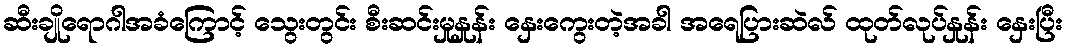
ဆီးချိုရောဂါအခံကြောင့် သွေးတွင်း စီးဆင်းမှုနှုန်း နှေးကွေးတဲ့အခါ အရေပြားဆဲလ် ထုတ်လုပ်နှုန်း နှေးပြီး